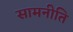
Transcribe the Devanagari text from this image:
सामनीति